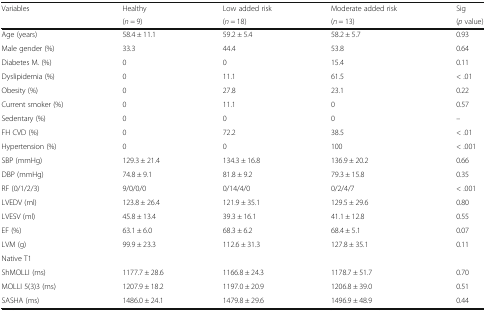
<table><thead><tr><td rowspan="2"><b>Variables</b></td><td><b>Healthy</b></td><td><b>Low added risk</b></td><td><b>Moderate added risk</b></td><td><b>Sig</b></td></tr><tr><td><b>(<i>n</i> = 9)</b></td><td><b>(<i>n</i> = 18)</b></td><td><b>(<i>n</i> = 13)</b></td><td><b>(<i>p</i> value)</b></td></tr></thead><tbody><tr><td>Age (years)</td><td>58.4 ± 11.1</td><td>59.2 ± 5.4</td><td>58.2 ± 5.7</td><td>0.93</td></tr><tr><td>Male gender (%)</td><td>33.3</td><td>44.4</td><td>53.8</td><td>0.64</td></tr><tr><td>Diabetes M. (%)</td><td>0</td><td>0</td><td>15.4</td><td>0.11</td></tr><tr><td>Dyslipidemia (%)</td><td>0</td><td>11.1</td><td>61.5</td><td>&lt; .01</td></tr><tr><td>Obesity (%)</td><td>0</td><td>27.8</td><td>23.1</td><td>0.22</td></tr><tr><td>Current smoker (%)</td><td>0</td><td>11.1</td><td>0</td><td>0.57</td></tr><tr><td>Sedentary (%)</td><td>0</td><td>0</td><td>0</td><td>–</td></tr><tr><td>FH CVD (%)</td><td>0</td><td>72.2</td><td>38.5</td><td>&lt; .01</td></tr><tr><td>Hypertension (%)</td><td>0</td><td>0</td><td>100</td><td>&lt; .001</td></tr><tr><td>SBP (mmHg)</td><td>129.3 ± 21.4</td><td>134.3 ± 16.8</td><td>136.9 ± 20.2</td><td>0.66</td></tr><tr><td>DBP (mmHg)</td><td>74.8 ± 9.1</td><td>81.8 ± 9.2</td><td>79.3 ± 15.8</td><td>0.35</td></tr><tr><td>RF (0/1/2/3)</td><td>9/0/0/0</td><td>0/14/4/0</td><td>0/2/4/7</td><td>&lt; .001</td></tr><tr><td>LVEDV (ml)</td><td>123.8 ± 26.4</td><td>121.9 ± 35.1</td><td>129.5 ± 29.6</td><td>0.80</td></tr><tr><td>LVESV (ml)</td><td>45.8 ± 13.4</td><td>39.3 ± 16.1</td><td>41.1 ± 12.8</td><td>0.55</td></tr><tr><td>EF (%)</td><td>63.1 ± 6.0</td><td>68.3 ± 6.2</td><td>68.4 ± 5.1</td><td>0.07</td></tr><tr><td>LVM (g)</td><td>99.9 ± 23.3</td><td>112.6 ± 31.3</td><td>127.8 ± 35.1</td><td>0.11</td></tr><tr><td colspan="5">Native T1</td></tr><tr><td>ShMOLLI (ms)</td><td>1177.7 ± 28.6</td><td>1166.8 ± 24.3</td><td>1178.7 ± 51.7</td><td>0.70</td></tr><tr><td>MOLLI 5(3)3 (ms)</td><td>1207.9 ± 18.2</td><td>1197.0 ± 20.9</td><td>1206.8 ± 39.0</td><td>0.51</td></tr><tr><td>SASHA (ms)</td><td>1486.0 ± 24.1</td><td>1479.8 ± 29.6</td><td>1496.9 ± 48.9</td><td>0.44</td></tr></tbody></table>